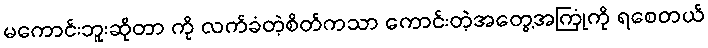
မကောင်းဘူးဆိုတာ ကို လက်ခံတဲ့စိတ်ကသာ ကောင်းတဲ့အတွေ့အကြုံကို ရစေတယ်